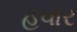
હવાર